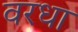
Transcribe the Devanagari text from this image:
वरधा